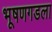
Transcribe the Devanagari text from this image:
भूषणगडला